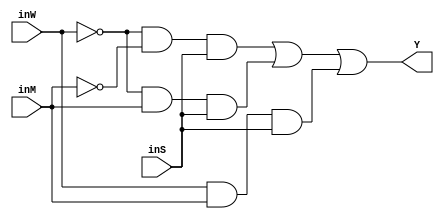
// Marco Duarte
// 19022
// Ejercicio 05 - Alarma casa

module alarm_SOP01(input wire inW, inM, inS, output wire Y);
    
    wire N1, N2;        //Not del circuito
    wire A1, A2, A3;    //And del circuito
    
    //Declaracion de compuertas
    not NA (N1,     inW);
    not NB (N2,     inM);
    and AA (A1,     N1, N2, inS);
    and AB (A2,     N1, inM, inS);
    and AC (A3,     inW, inM, inS);
    or O0 (Y,        A1, A2, A3);

endmodule

module alarm_POS01(input wire inW, inM, inS, output wire Y);

    wire N1, N2, N3; //Not del circutos
    wire O1, O2, O3, O4, O5; //Or del circuito

    //Declaracion de compuertas
    not NA (N1,     inW);
    not NB (N2,     inM);
    not NC (N3,     inS);
    or OA (O1,      inW, inM, inS);
    or OB (O2,      inW, N2, inS);
    or OC (O3,      N1, inM, inS);
    or OD (O4,      N1, inM, N3);
    or OE (O5,      N1, N2, inS);
    and A0(Y,      O1, O2, O3, O4, O5);

endmodule

module alarm_Kmap01(input wire inW, inM, inS, output wire Y);

    wire N1;
    wire A1, A2;

    not N0(N1,  inW);
    and AA(A1,  N1, inS);
    and AB(A2,  inM, inS);
    or O0(Y,    A1, A2);

endmodule

module alarm_SOP02(input wire inW, inM, inS, output wire Y);

    assign  Y = (~inW & ~inM & inS) |
                (~inW &  inM & inS) |
                (inW  &  inM & inS);

endmodule

module alarm_POS02(input wire inW, inM, inS, output wire Y);

    assign   Y = ( inW |  inM |  inS) &
                 ( inW | ~inM |  inS) &
                 (~inW |  inM |  inS) &
                 (~inW |  inM | ~inS) &
                 (~inW | ~inM |  inS);

endmodule

module alarm_Kmap02(input wire inW, inM, inS, output wire Y);

    assign   Y = (~inW & inS) |
                 ( inM & inS);

endmodule